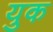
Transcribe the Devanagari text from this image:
युक